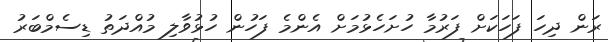
ރަން ދިހަ ފަހަކަށް ފަރުމާ ހުށަހެޅުމަށް އެންމެ ފަހުން ހުޅުވާލި މުއްދަތު ޑިސެމްބަރު